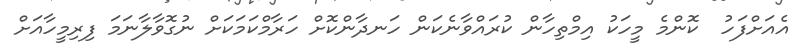
އެއަށްފަހު  ކޮންމެ މީހަކު އިމްތިހާން ކުރައްވާނެކަން ހަނދާންކޮށް ހަރާމްކަމަކަށް ނުގޮވާާލާނަމަ ފިރިމީހާއަށް